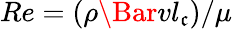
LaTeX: Re=(\rho\Bar{v}l_{\mathfrak{c}})/\mu